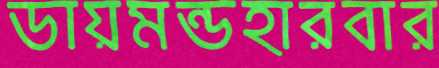
ডায়মন্ডহারবার